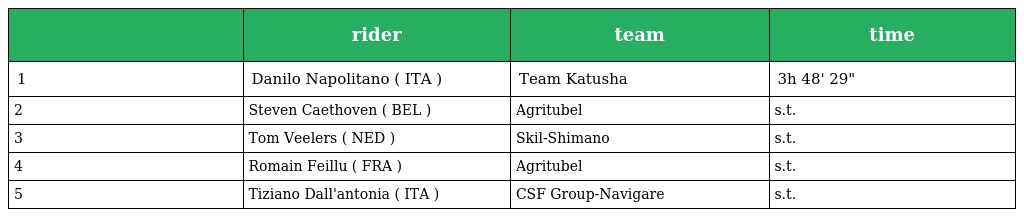
|  | rider | team | time |
 | --- | --- | --- | --- |
 | 1 | Danilo Napolitano ( ITA ) | Team Katusha | 3h 48' 29" |
 | 2 | Steven Caethoven ( BEL ) | Agritubel | s.t. |
 | 3 | Tom Veelers ( NED ) | Skil-Shimano | s.t. |
 | 4 | Romain Feillu ( FRA ) | Agritubel | s.t. |
 | 5 | Tiziano Dall'antonia ( ITA ) | CSF Group-Navigare | s.t. |